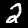
Label: 2